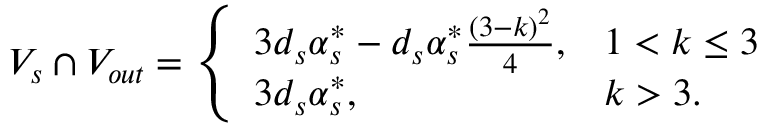
V _ { s } \cap V _ { o u t } = \left\{ \begin{array} { l l } { 3 d _ { s } \alpha _ { s } ^ { * } - d _ { s } \alpha _ { s } ^ { * } \frac { ( 3 - k ) ^ { 2 } } { 4 } , } & { 1 < k \le 3 } \\ { 3 d _ { s } \alpha _ { s } ^ { * } , } & { k > 3 . } \end{array} \right.